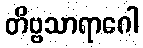
တိဗ္ဗသာရာဂေါ